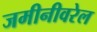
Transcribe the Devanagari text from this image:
जमीनीवरेल